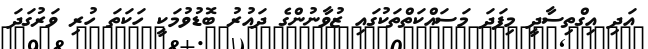
އަދި އިގްތިސާދީ މިފަދަ މަސައްކަތްތަކުގައި ޒުވާނުންގެ ދައުރު ބޮޑުވުމަކީ ހަކަތަ ހުރި ވަރުގަދަ